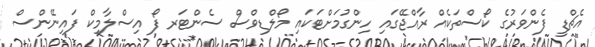
އެޗްޑީ ފެންވަރުގެ ކޯސްތަކެއް ރާއްޖޭގައި ހިންގުމަށްޓަކައި މޯލްޑިވްސް ސެންޓަރ ފޯ އިސްލާމިކް ފައިނޭންސް